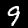
Label: 9